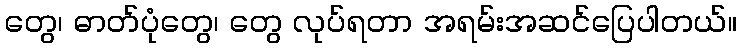
တွေ၊ ဓာတ်ပုံတွေ၊ တွေ လုပ်ရတာ အရမ်းအဆင်ပြေပါတယ်။